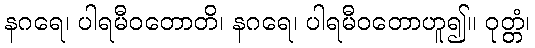
နဂရေ၊ ပါရမီဝတောတိ၊ နဂရေ၊ ပါရမီဝတောဟူ၍။ ဝုတ္တံ၊